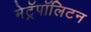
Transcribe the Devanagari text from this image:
मेट्रॅपॉलिटन